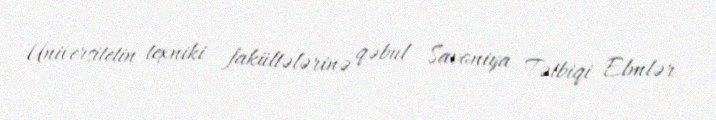
Universitetin texniki fakültələrinə qəbul Savoniya Tətbiqi Elmlər